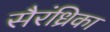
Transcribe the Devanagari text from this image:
सैरंध्रिका